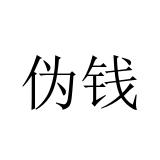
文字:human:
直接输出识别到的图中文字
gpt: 伪钱